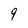
Character: 9